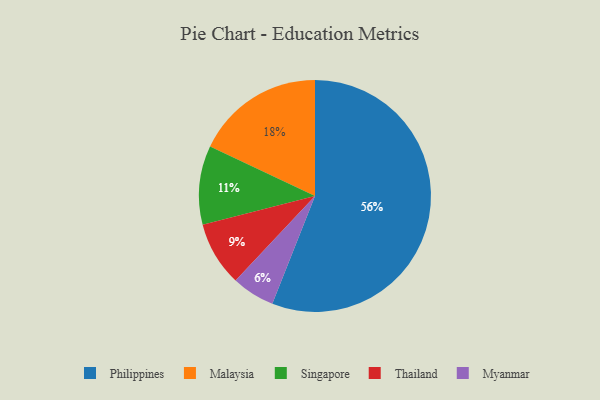
{"axis": {"x": "Category", "y": "Percentage"}, "legend": ["Malaysia", "Myanmar", "Philippines", "Singapore", "Thailand"], "data": [{"x": "Thailand", "y": 9, "type": "Thailand"}, {"x": "Singapore", "y": 11, "type": "Singapore"}, {"x": "Myanmar", "y": 6, "type": "Myanmar"}, {"x": "Philippines", "y": 56, "type": "Philippines"}, {"x": "Malaysia", "y": 18, "type": "Malaysia"}]}